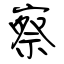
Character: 察